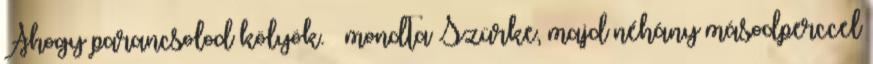
Ahogy parancsolod kölyök. – mondta Szürke, majd néhány másodperccel